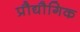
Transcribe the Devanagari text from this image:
प्रौद्यौगिक